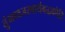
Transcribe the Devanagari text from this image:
तुंगध्वजस्वार्थबद्धकोटि